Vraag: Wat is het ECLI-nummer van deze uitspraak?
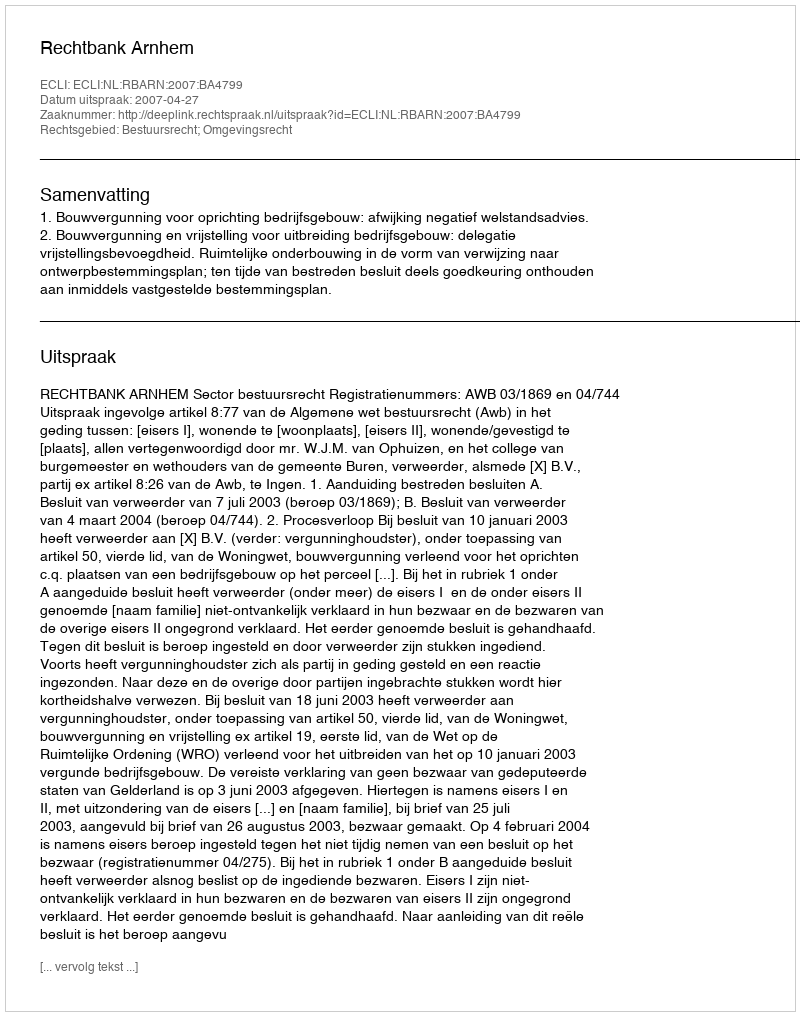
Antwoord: ECLI:NL:RBARN:2007:BA4799